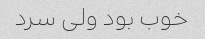
خوب بود ولی سرد